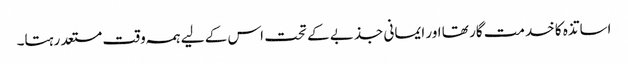
اساتذہ کا خدمت گار تھا اور ایمانی جذبے کے تحت اس کے لیے ہمہ وقت مستعد رہتا۔